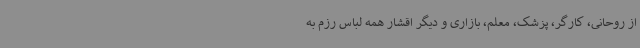
از روحانی، کارگر، پزشک، معلم، بازاری و دیگر اقشار همه لباس رزم به